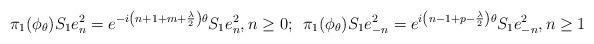
LaTeX: \begin{align*}\pi_{1}(\phi_{\theta})S_{1}e_{n}^{2} = e^{-i \left(n + 1 + m + \frac{\lambda}{2} \right) \theta} S_{1} e_{n}^{2},n \geq 0;\,\,\,\pi_{1}(\phi_{\theta})S_{1}e_{-n}^{2} = e^{i \left(n - 1 + p - \frac{\lambda}{2} \right) \theta} S_{1} e_{-n}^{2}, n \geq 1\end{align*}